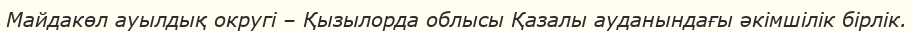
Майдакөл ауылдық округі – Қызылорда облысы Қазалы ауданындағы әкімшілік бірлік.